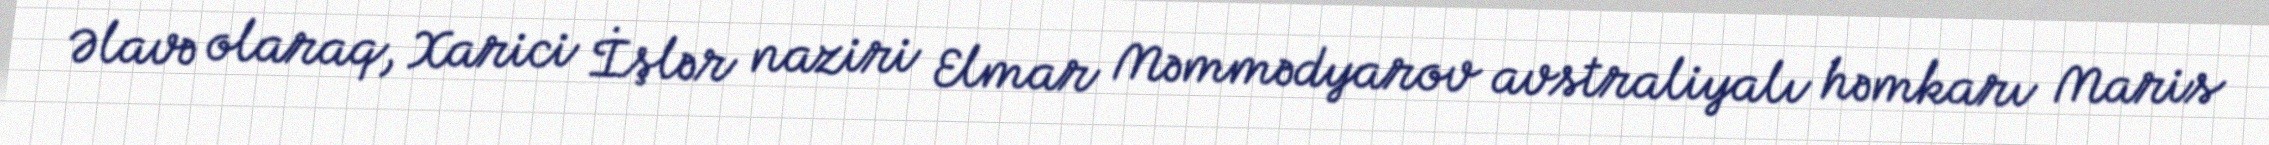
Əlavə olaraq, Xarici İşlər naziri Elmar Məmmədyarov avstraliyalı həmkarı Maris